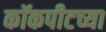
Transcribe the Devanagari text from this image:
कॉकपीटच्या